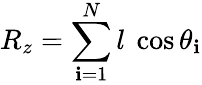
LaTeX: R_{z}=\sum_{\mathbf{i}=1}^{N}l{\mathrm{{~}}}\cos\theta_{\mathbf{i}}